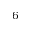
^ 6